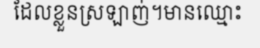
ដែលខ្លួនស្រឡាញ់។មានឈ្មោះ